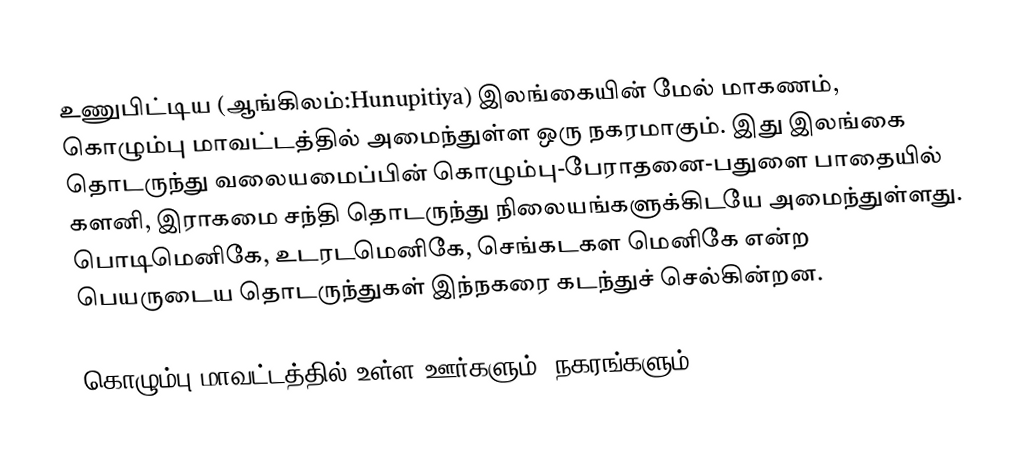
உணுபிட்டிய (ஆங்கிலம்:Hunupitiya) இலங்கையின் மேல் மாகணம், கொழும்பு மாவட்டத்தில் அமைந்துள்ள ஒரு நகரமாகும். இது இலங்கை தொடருந்து வலையமைப்பின் கொழும்பு-பேராதனை-பதுளை பாதையில் களனி, இராகமை சந்தி தொடருந்து நிலையங்களுக்கிடயே அமைந்துள்ளது. பொடிமெனிகே, உடரடமெனிகே, செங்கடகள மெனிகே என்ற பெயருடைய தொடருந்துகள் இந்நகரை கடந்துச் செல்கின்றன.

கொழும்பு மாவட்டத்தில் உள்ள ஊர்களும், நகரங்களும்